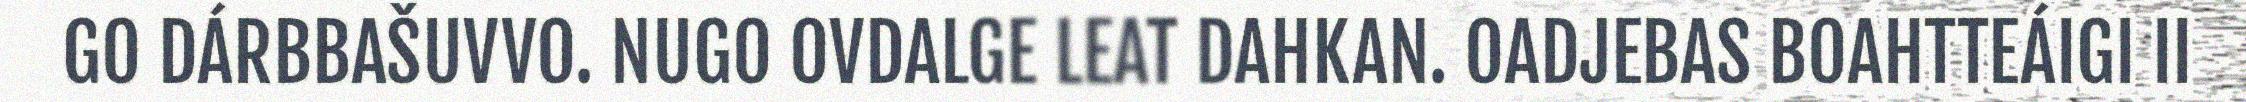
GO DÁRBBAŠUVVO. NUGO OVDALGE LEAT DAHKAN. OADJEBAS BOAHTTEÁIGI II